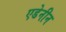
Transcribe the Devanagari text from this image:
एडेनीन